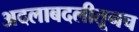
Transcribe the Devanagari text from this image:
अदलाबदलीतूनच